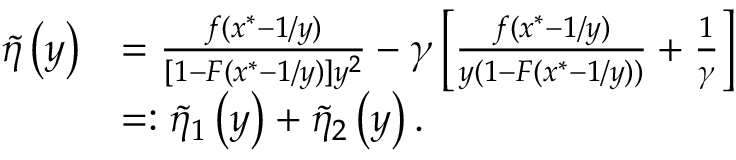
\begin{array} { r l } { \tilde { \eta } \left( y \right) } & { = \frac { f ( x ^ { * } - 1 / y ) } { [ 1 - F ( x ^ { * } - 1 / y ) ] y ^ { 2 } } - \gamma \left[ \frac { f ( x ^ { * } - 1 / y ) } { y ( 1 - F ( x ^ { * } - 1 / y ) ) } + \frac { 1 } { \gamma } \right] } \\ & { = : \tilde { \eta } _ { 1 } \left( y \right) + \tilde { \eta } _ { 2 } \left( y \right) . } \end{array}